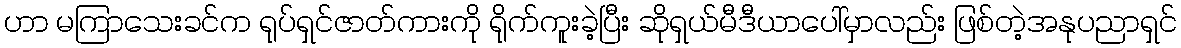
ဟာ မကြာသေးခင်က ရုပ်ရှင်ဇာတ်ကားကို ရိုက်ကူးခဲ့ပြီး ဆိုရှယ်မီဒီယာပေါ်မှာလည်း ဖြစ်တဲ့အနုပညာရှင်